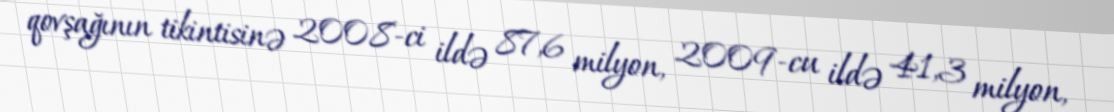
qovşağının tikintisinə 2008-ci ildə 87,6 milyon, 2009-cu ildə 41,3 milyon,